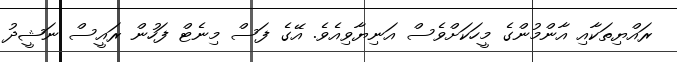
ރައްޔިތަކާއި އާންމުންގެ މީހަކަށްވެސް އަނިޔާވިއެވެ. އޭގެ ފަސް މިނެޓް ފަހުން ރައީސް ނަޝީދު